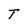
Character: T